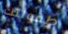
طفولتك